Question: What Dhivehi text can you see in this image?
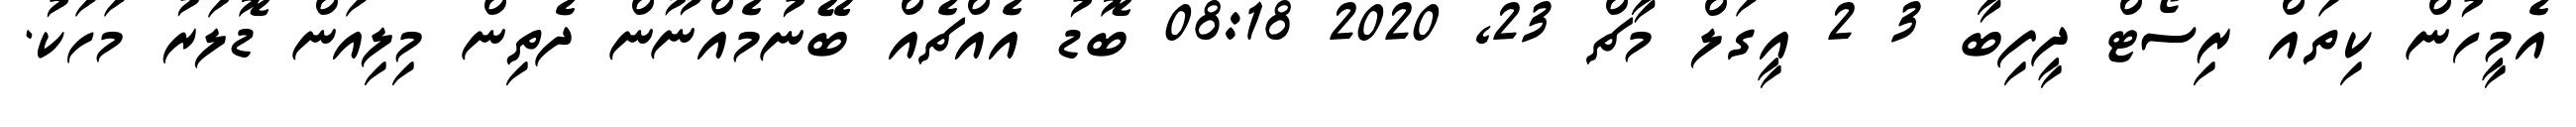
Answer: އެމީހުން ކިތައް ރިސޯޓް ދީފިބާ 3 2 އީގަލް މާޗް 23, 2020 08:18 ބޮޑު އެއްޗެއް ބޭނުމެއްނޫން ދެތިން މިލިއަން ޑޮލަރު މަހަކު.